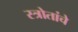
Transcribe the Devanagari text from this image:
स्त्रोतांचे